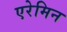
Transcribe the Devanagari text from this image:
एरेमिन